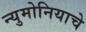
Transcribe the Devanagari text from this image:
न्युमोनियाचे